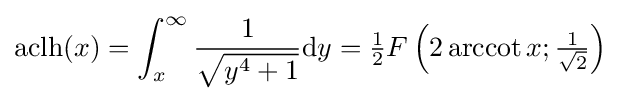
\operatorname {aclh} (x)=\int _{x}^{\infty }{\frac {1}{\sqrt {y^{4}+1}}}\mathrm {d} y={\tfrac {1}{2}}F\left(2\operatorname {arccot} x;{\tfrac {1}{\sqrt {2}}}\right)